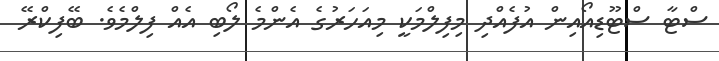
ސްޓާ ސްޓޫޑިއޯއިން އުފެއްދި މިފިލްމަކީ މިއަހަރުގެ އެންމެ ލޯބި އެއް ފިލްމެވެ. ބޭފިކްރޭ